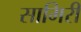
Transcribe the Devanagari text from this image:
सामिरी